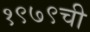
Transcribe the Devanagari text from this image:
१९७९ची